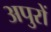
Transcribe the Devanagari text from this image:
अपुरों